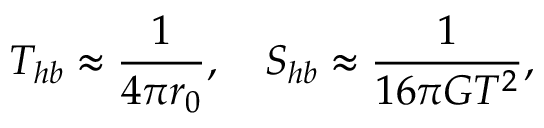
T _ { h b } \approx { \frac { 1 } { 4 \pi r _ { 0 } } } , \quad S _ { h b } \approx { \frac { 1 } { 1 6 \pi G T ^ { 2 } } } ,